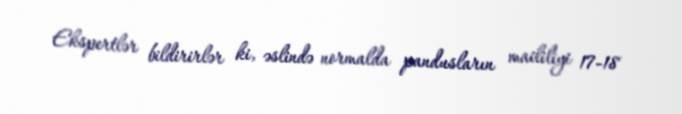
Ekspertlər bildirirlər ki, əslində normalda pandusların maililiyi 17-18